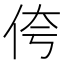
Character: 侉